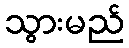
သွားမည်